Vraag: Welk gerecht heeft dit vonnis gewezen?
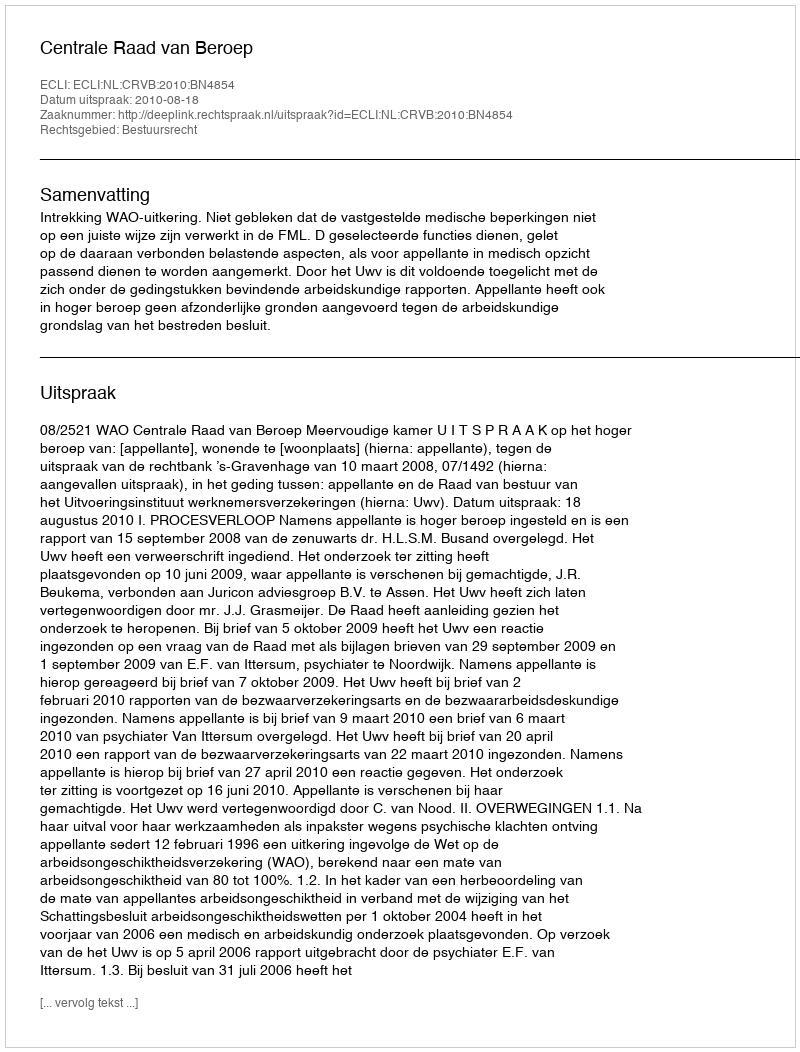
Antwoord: Centrale Raad van Beroep